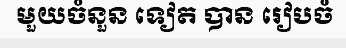
មួយចំនួន ទៀត បាន រៀបចំ